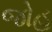
જોહ